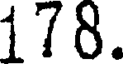
178.